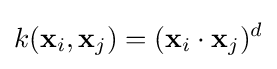
k(\mathbf {x} _{i},\mathbf {x} _{j})=(\mathbf {x} _{i}\cdot \mathbf {x} _{j})^{d}